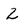
Character: 2